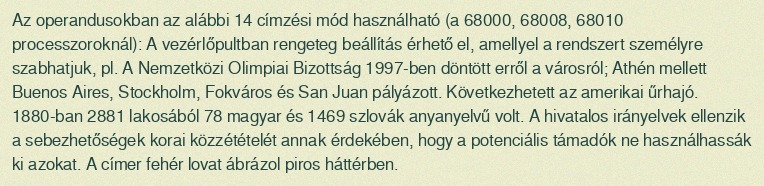
Az operandusokban az alábbi 14 címzési mód használható (a 68000, 68008, 68010 processzoroknál): A vezérlőpultban rengeteg beállítás érhető el, amellyel a rendszert személyre szabhatjuk, pl. A Nemzetközi Olimpiai Bizottság 1997-ben döntött erről a városról; Athén mellett Buenos Aires, Stockholm, Fokváros és San Juan pályázott. Következhetett az amerikai űrhajó. 1880-ban 2881 lakosából 78 magyar és 1469 szlovák anyanyelvű volt. A hivatalos irányelvek ellenzik a sebezhetőségek korai közzétételét annak érdekében, hogy a potenciális támadók ne használhassák ki azokat. A címer fehér lovat ábrázol piros háttérben.